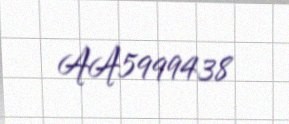
AA5999438